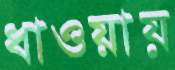
ধাওয়ায়